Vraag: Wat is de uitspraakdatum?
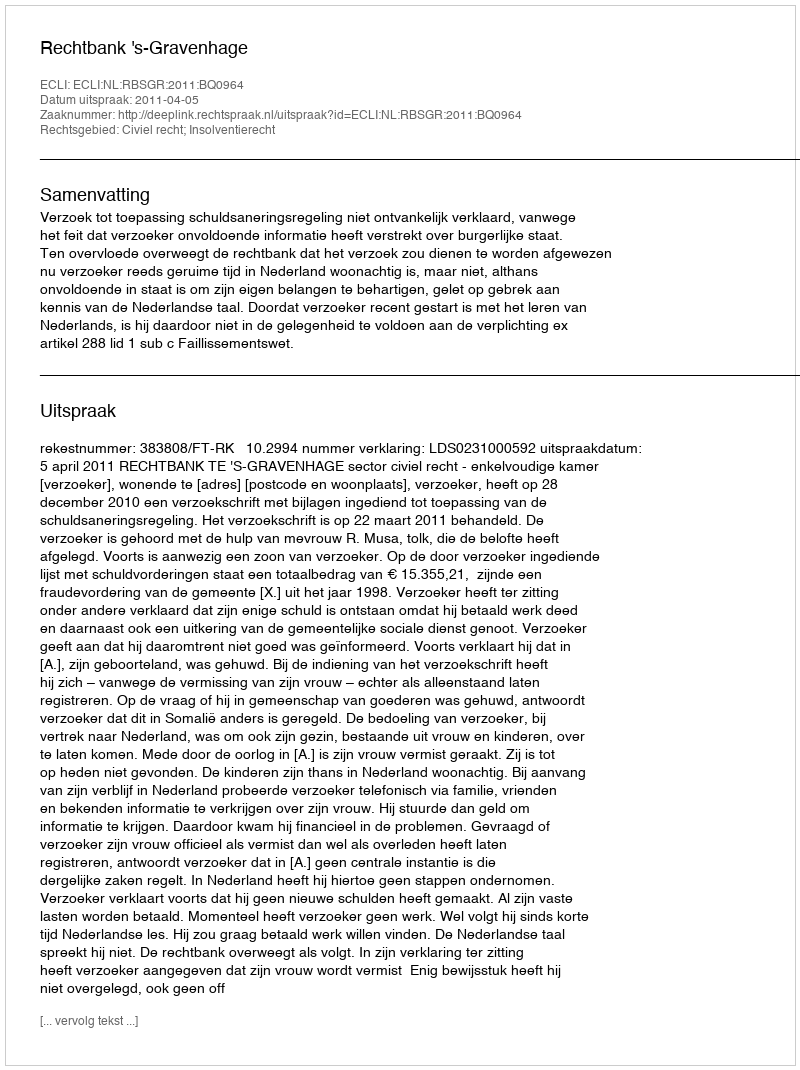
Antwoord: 2011-04-05